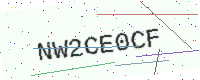
Text: NW2CE0CF